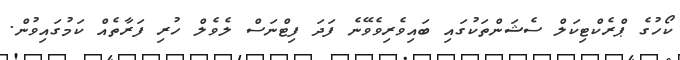
ކޯހުގެ ޕްރެކްޓިކަލް ސެޝަންތަކުގައި ބައިވެރިވެވޭނެ ފަދަ ފިޓްނަސް ލެވެލް ހުރި ފަރާތެއް ކަމުގައިވުން.